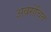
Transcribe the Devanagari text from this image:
अवरोचित